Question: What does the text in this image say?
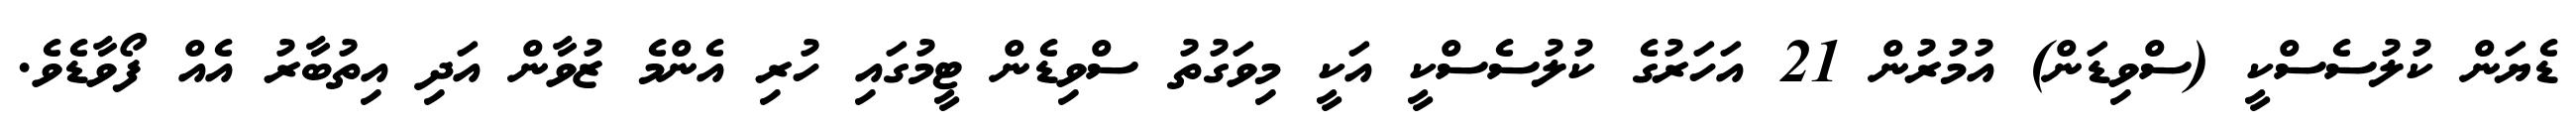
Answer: ޑެޔަން ކުލުސެސްކީ (ސްވިޑަން) އުމުރުން 21 އަހަރުގެ ކުލުސެސްކީ އަކީ މިވަގުތު ސްވިޑެން ޓީމުގައި ހުރި އެންމެ ޒުވާން އަދި އިތުބާރު އެއް ފޯވާޑެވެ.